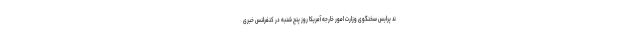
ند پرایس سخنگوی وزارت امور خارجه آمریکا روز پنج شنبه در کنفرلنس خبری